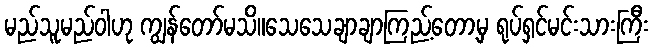
မည်သူမည်ဝါဟု ကျွန်တော်မသိ။သေသေချာချာကြည့်တော့မှ ရုပ်ရှင်မင်းသားကြီး